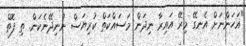
"އަހަންނަށް އެނގޭ މިރޭ އައިރާ ނިދަން މަސައްކަތް ކުރިޔަސް ނުނިދޭނެކަން. ތި ފޮތް